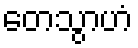
တေသွာဟံ